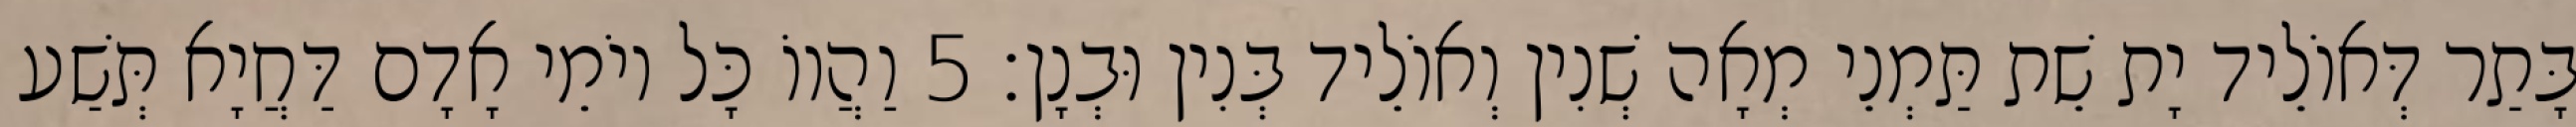
בָּתַר דְּאוֹלֵיד יָת שֵׁת תַּמְנֵי מְאָה שְׁנִין וְאוֹלֵיד בְּנִין וּבְנָן׃ 5 וַהֲווֹ כָּל יוֹמֵי אָדָם דַּחֲיָא תְּשַׁע